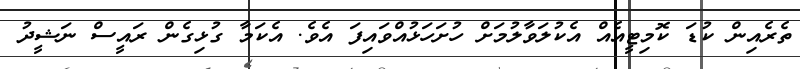
ތެރެއިން ކުޑަ ކޮމިޓީއެއް އެކުލަވާލުމަށް ހުށަހަޅުއްވައިފަ އެވެ. އެކަމާ ގުޅިގެން ރައީސް ނަޝީދު